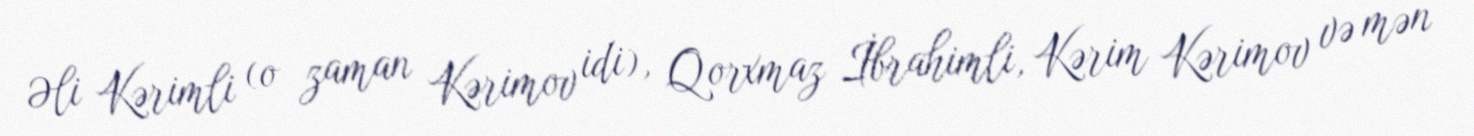
Əli Kərimli (o zaman Kərimov idi), Qorxmaz İbrahimli, Kərim Kərimov və mən